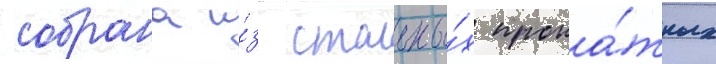
собрана и́з стальны́х прока́тных